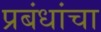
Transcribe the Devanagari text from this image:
प्रबंधांचा